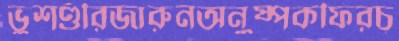
ভুশণ্ডীরজারুনঅনুষ্পকফিরচ্